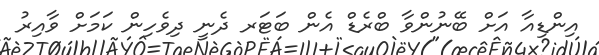
އިންޑިއާ އަށް ބޭނުންވާ ބްރެޑް އެން ބަޓަރ ދެނީ ދިވެހިން ކަމަށް ވާއިރު